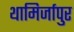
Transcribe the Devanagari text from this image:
थामिर्जापुर